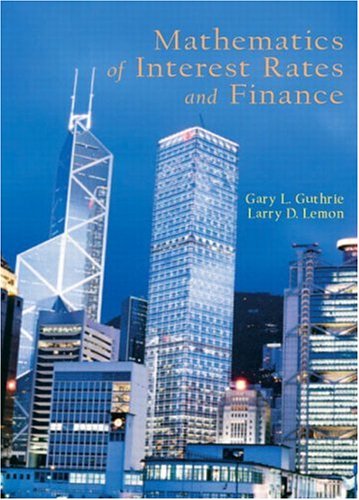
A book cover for Mathematics of Interest Rates and Finance; Gary C. Guthrie; Business & Money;